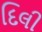
દિલી